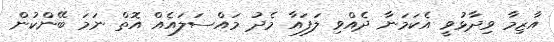
އާޒިމާ ވިދާޅުވީ އެކަމަނާ ދެއްވި ލަފައާ މެދު މައްސަލައެއް އޮތް ނަމަ ބޭންކުން